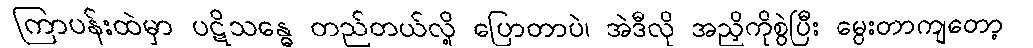
ကြာပန်းထဲမှာ ပဋိသန္ဓေ တည်တယ်လို့ ပြောတာပဲ၊ အဲဒီလို အညှိကိုစွဲပြီး မွေးတာကျတော့